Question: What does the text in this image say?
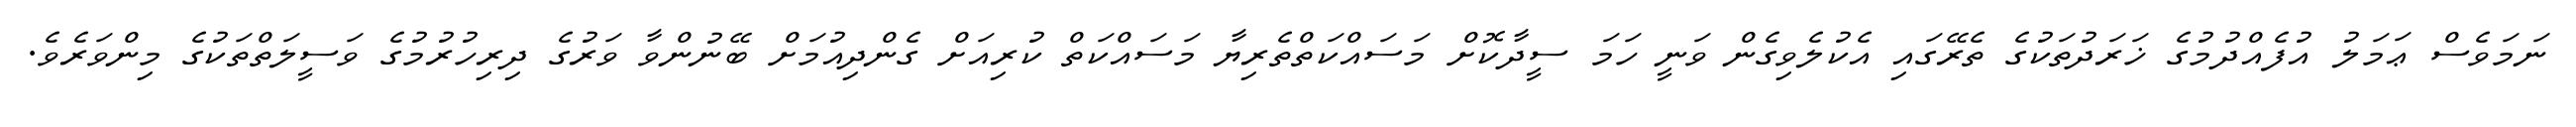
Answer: ނަމަވެސް ޢަމަލު އުފެއްދުމުގެ ޚަރަދުތަކުގެ ތެރޭގައި އެކުލެވިގެން ވަނީ ހަމަ ސީދާކޮށް މަސައްކަތްތެރިޔާ މަސައްކަތް ކުރިއަށް ގެންދިއުމަށް ބޭނުންވާ ވަރުގެ ދިރިހުރުމުގެ ވަސީލަތްތަކުގެ މިންވަރެވެ.